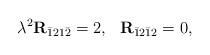
LaTeX: \begin{align*}\lambda^2\mathbf{R}_{\bar{1}21\bar{2}}=2,~~\mathbf{R}_{\bar{1}2\bar{1}2}=0,\end{align*}